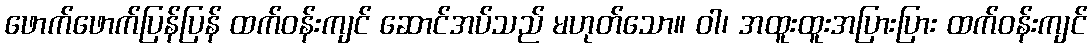
ဖောက်ဖောက်ပြန်ပြန် ထက်ဝန်းကျင် ဆောင်အပ်သည် မဟုတ်သော။ ဝါ၊ အထူးထူးအပြားပြား ထက်ဝန်းကျင်